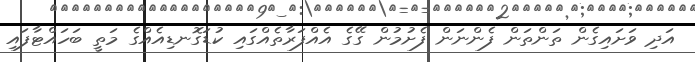
އަދި ވަށައިގެން ތަންތަން ފެންނަން ފެށުމުން ގޭގެ އެއްފަރާތެއްގައި ކުޑަގޮނޑިއެއްގެ މަތީ ބަހައްޓާފައި